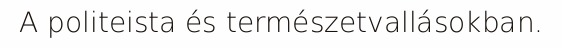
A politeista és természetvallásokban.